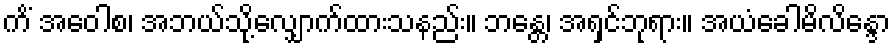
ကိံ အဝေါစ၊ အဘယ်သို့လျှောက်ထားသနည်း။ ဘန္တေ၊ အရှင်ဘုရား။ အယံခေါမိလိန္ဒော